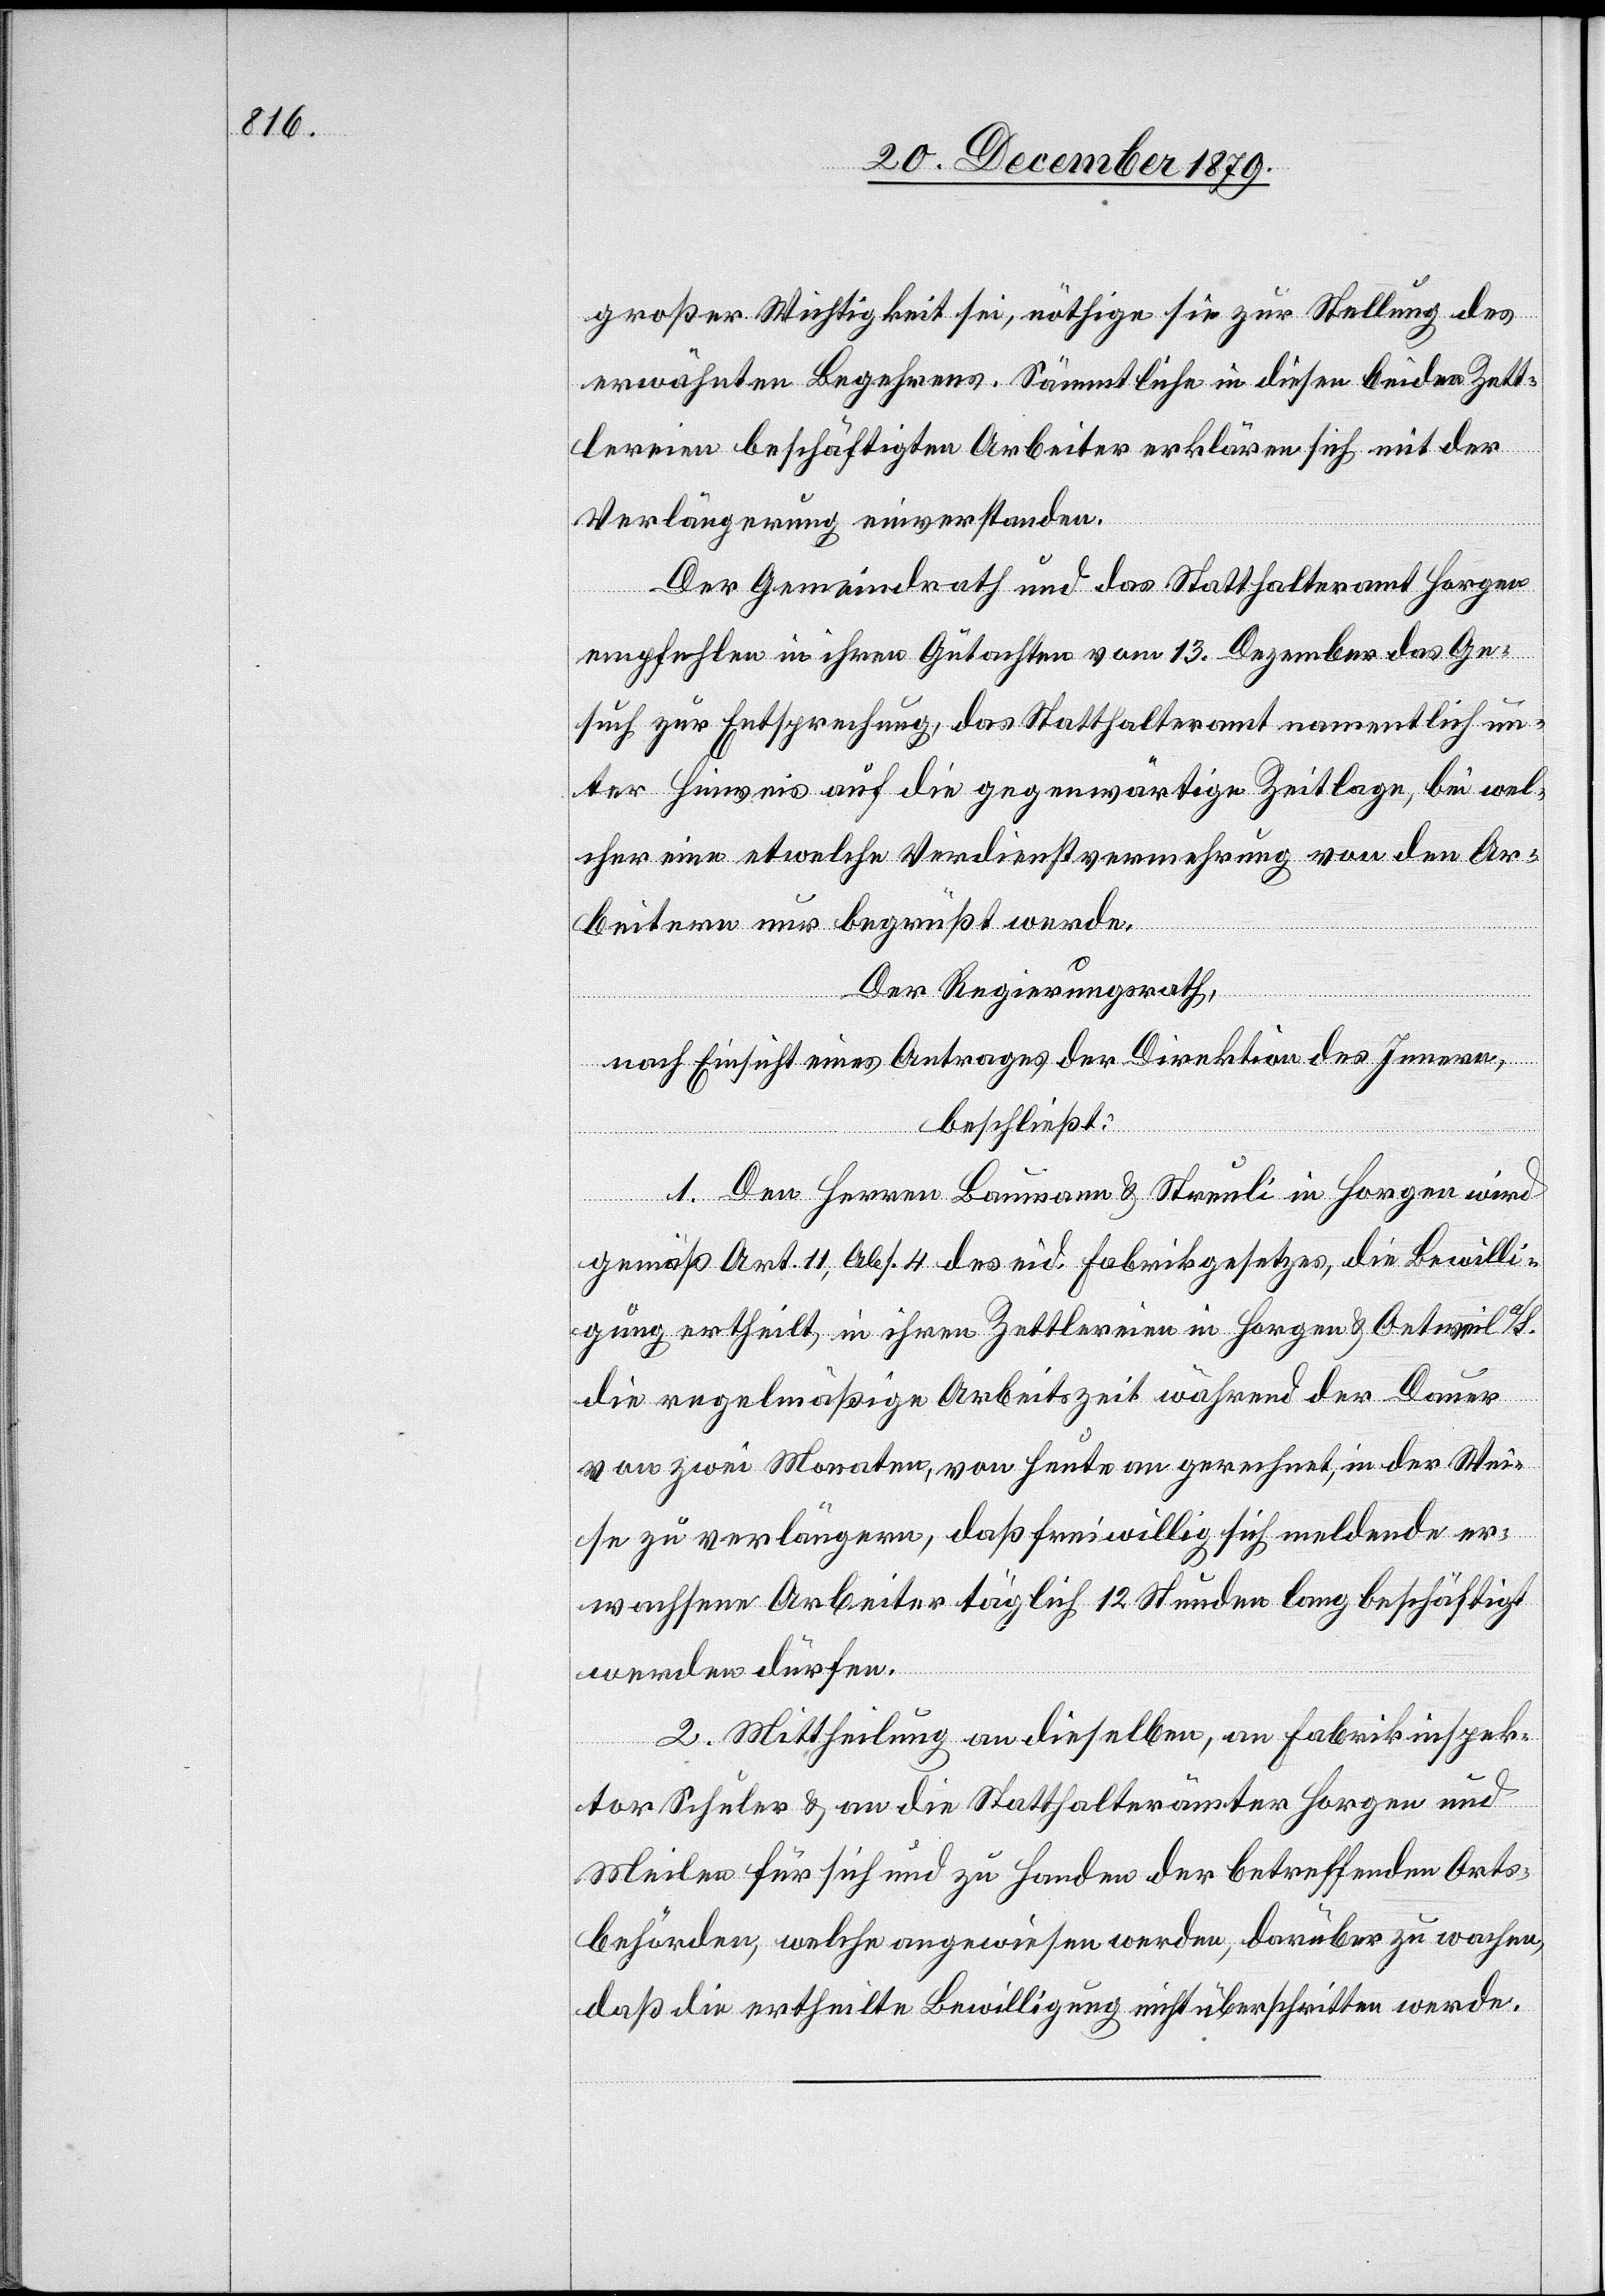
großer Wichtigkeit sei, nöthige sie zur Stellung des
erwähnten Begehrens. Sämmtliche in diesen beiden Zett¬
lereien beschäftigten Arbeiter erklären sich mit der
Verlängerung einverstanden.
Der Gemeindrath und das Statthalteramt Horgen
empfehlen in ihren Gutachten vom 13. Dezember das Ge¬
such zur Entsprechung, das Statthalteramt namentlich un¬
ter Hinweis auf die gegenwärtige Zeitlage, bei wel¬
cher eine etwelche Verdienstvermehrung von den Ar¬
beitern nur begrüßt werde.
Der Regierungsrath,
nach Einsicht eines Antrages der Direktion des Innern,
beschließt:
1. Den Herren Baumann & Streuli in Horgen wird
gemäß Art. 11, Abs. 4 des eid. Fabrikgesetzes, die Bewilli¬
gung ertheilt, in ihren Zettlereien in Horgen & Oetweil a/S.
die regelmäßige Arbeitszeit während der Dauer
von zwei Monaten, von heute an gerechnet, in der Wei¬
se zu verlängern, daß freiwillig sich meldende er¬
wachsene Arbeiter täglich 12 Stunden lang beschäftigt
werden dürfen.
2. Mittheilung an dieselben, an Fabrikinspek¬
tor Schuler & an die Statthalterämter Horgen und
Meilen für sich und zu Handen der betreffenden Orts¬
behörden, welche angewiesen werden, darüber zu wachen,
daß die ertheilte Bewilligung nicht überschritten werde.